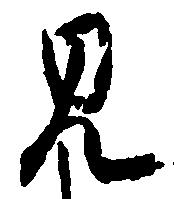
見